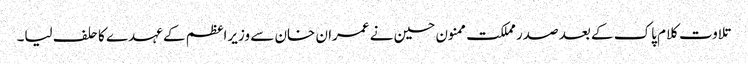
تلاوت کلام پاک کے بعد صدر مملکت ممنون حسین نے عمران خان سے وزیراعظم کے عہدے کا حلف لیا۔